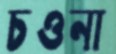
চওনা